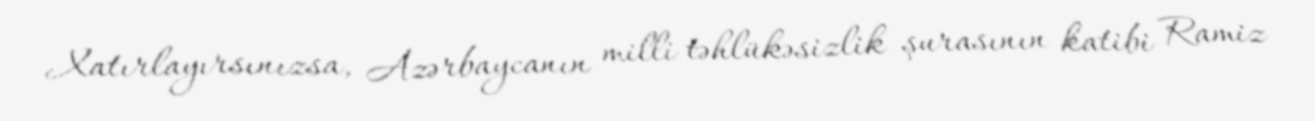
Xatırlayırsınızsa, Azərbaycanın milli təhlükəsizlik şurasının katibi Ramiz